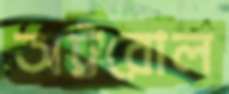
অট্টরোল